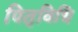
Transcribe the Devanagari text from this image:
पितृविधि